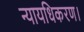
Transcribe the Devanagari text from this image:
न्यायधिकरण।